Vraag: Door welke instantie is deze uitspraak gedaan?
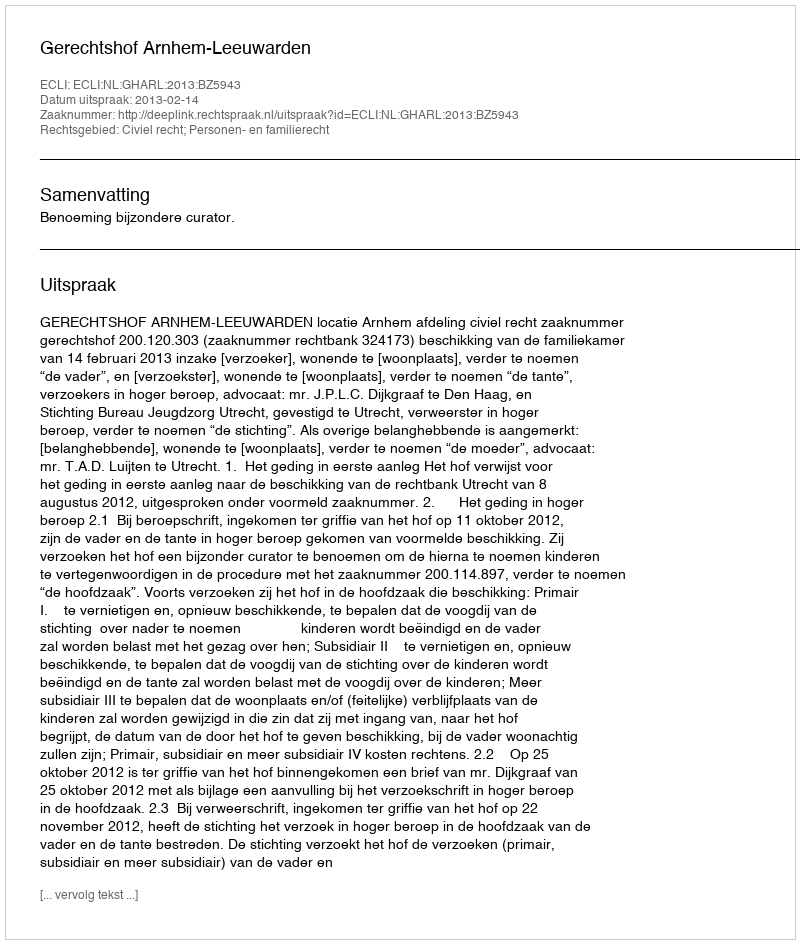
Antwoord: Gerechtshof Arnhem-Leeuwarden